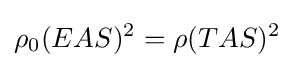
\rho _{0}(EAS)^{2}=\rho (TAS)^{2}